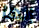
إنها